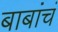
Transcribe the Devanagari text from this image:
बाबांचं